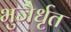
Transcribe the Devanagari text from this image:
भुजैर्धृत